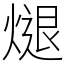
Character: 煺